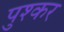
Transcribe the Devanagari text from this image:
पुश्कर